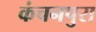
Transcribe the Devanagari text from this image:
कंचनपुरा